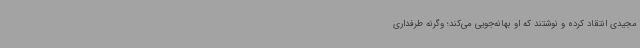
مجیدی انتقاد کرده و نوشتند که او بهانه‌جویی می‌کند؛ وگرنه طرفداری